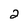
Character: 2